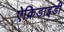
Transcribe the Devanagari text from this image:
ऐक्रिडाइडी